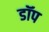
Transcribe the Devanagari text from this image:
डॉप